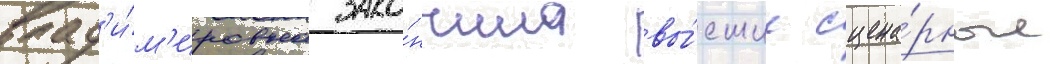
влад'и́м'ировна зако́нчила вы́сшие сцена́рные